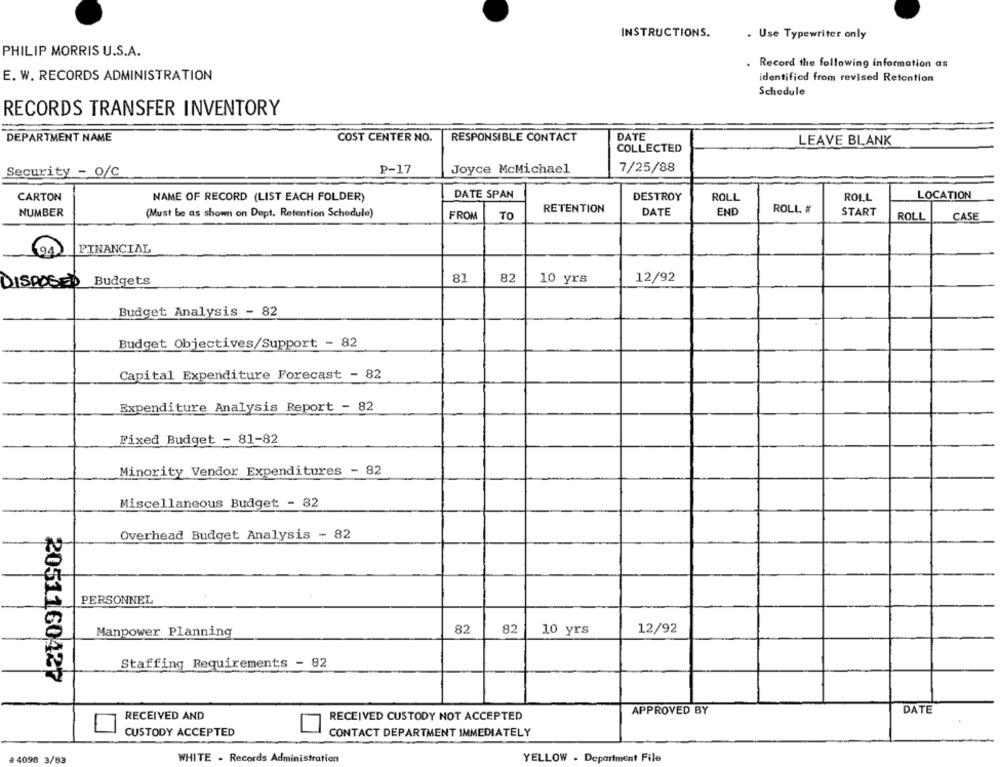
INSTRUCTIONS.
. Use Typewriter only
PHILIP MORRIS U.S.A.
Record the following information as
E. W. RECORDS ADMINISTRATION
identified from revised Retention
Schedule
RECORDS TRANSFER INVENTORY
DEPARTMENT NAME
COST CENTER NO.
RESPONSIBLE CONTACT
DATE
LEAVE BLANK
COLLECTED
P-17
Joyce McMichael
7/25/88
Security - O/C
CARTON
NAME OF RECORD (LIST EACH FOLDER)
DATE SPAN
DESTROY
ROLL
ROLL
LOCATION
ROLL #
NUMBER
(Must be as shown on Dept. Retention Schedule)
FROM
TO
RETENTION
DATE
END
START
ROLL
CASE
94
FINANCIAL
DISPOSES
Budgets
81
82
10 yrs
12/92
Budget Analysis - 82
Budget Objectives/Support - 82
Capital Expenditure Forecast - 82
Expenditure Analysis Report - 82
Fixed Budget - 81-82
Minority Vendor Expenditures - 82
Miscellaneous Budget - 82
Overhead Budget Analysis - 82
PERSONNEL
82
82
10 yrs
12/92
Manpower Planning
Staffing Requirements - 82
2051160427
APPROVED BY
DATE
RECEIVED AND
RECEIVED CUSTODY NOT ACCEPTED
CUSTODY ACCEPTED
CONTACT DEPARTMENT IMMEDIATELY
# 4098 3/83
WHITE - Records Administration
YELLOW . Department File